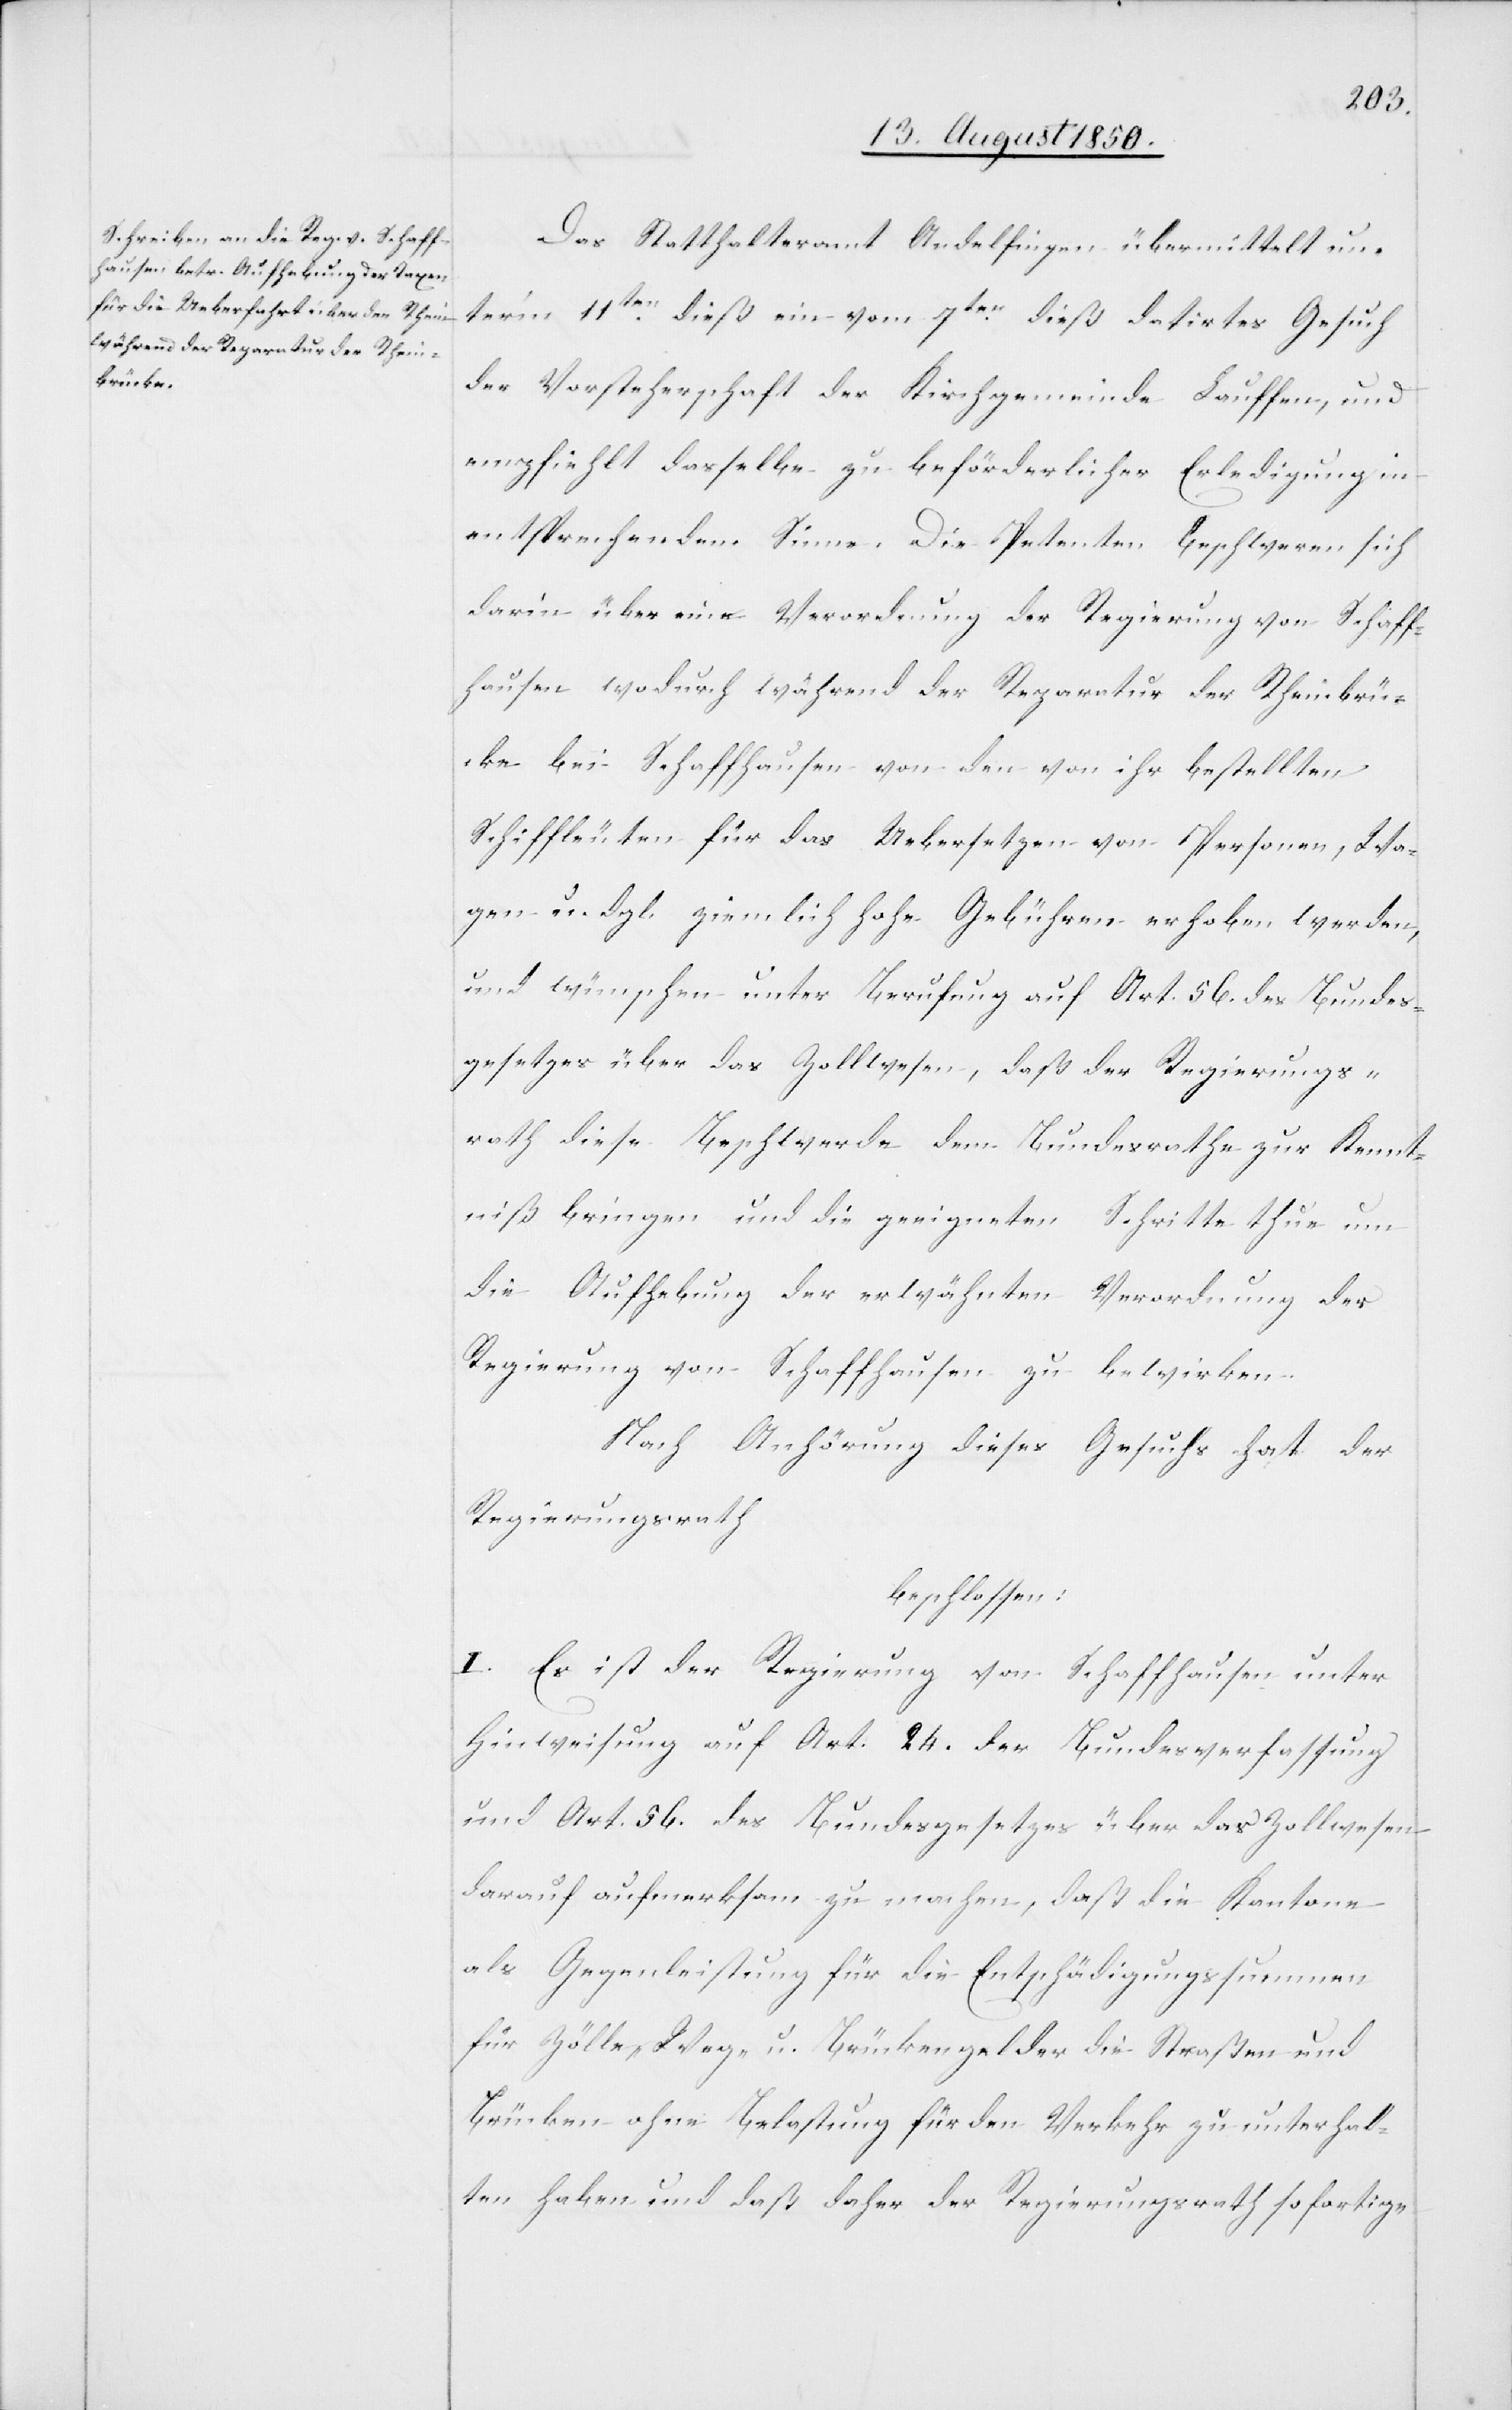
Das Statthalteramt Andelfingen übermittelt un¬
ter’m 11ten dieß ein vom 7ten dieß datirtes Gesuch
der Vorsteherschaft der Kirchgemeinde Lauffen, und
empfiehlt dasselbe zu beförderlicher Erledigung in
entsprechendem Sinne. Die Petenten beschweren sich
darin über eine Verordnung der Regierung von Schaff¬
hausen wodurch während der Reparatur der Rheinbrü¬
cke bei Schaffhausen von den von ihr bestellten
Schiffleuten für das Uebersetzen von Personen, Wa¬
gen u. dgl. ziemlich hohe Gebühren erhoben werden,
und wünschen unter Berufung auf Art. 56. des Bundes¬
gesetzes über das Zollwesen, daß der Regierungs¬
rath diese Beschwerde dem Bundesrathe zur Kennt¬
niß bringen [werde] und die geeigneten Schritte thue um
die Aufhebung der erwähnten Verordnung der
Regierung von Schaffhausen zu bewirken.
Nach Anhörung dieses Gesuchs hat der
Regierungsrath
beschlossen:
I. Es ist der Regierung von Schaffhausen unter
Hinweisung auf Art. 24. der Bundesverfassung
und Art. 56. des Bundesgesetzes über das Zollwesen
darauf aufmerksam zu machen, daß die Kantone
als Gegenleistung für die Entschädigungssummen
für Zölle, Weg- u. Brückengelder die Straßenund
Brücken ohne Belastung für den Verkehr zu unterhal¬
ten haben und daß daher der Regierungsrath sofortige